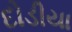
દોડીયા